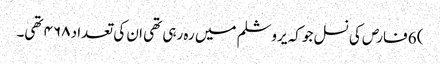
) 6 فارص کی نسل جو کہ یروشلم میں رہ رہی تھی ان کی تعداد ۴۶۸ تھی۔